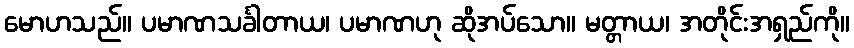
မောဟသည်။ ပမာဏသင်္ခါတာယ၊ ပမာဏဟု ဆိုအပ်သော။ မတ္တာယ၊ အတိုင်းအရှည်ကို။